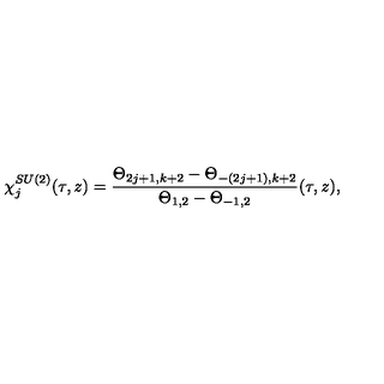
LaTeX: \chi _ { j } ^ { S U ( 2 ) } ( \tau , z ) = \frac { \Theta _ { 2 j + 1 , k + 2 } - \Theta _ { - ( 2 j + 1 ) , k + 2 } } { \Theta _ { 1 , 2 } - \Theta _ { - 1 , 2 } } ( \tau , z ) ,